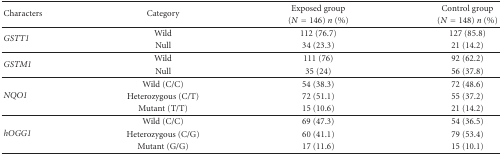
<table><thead><tr><td rowspan="2"><b>Characters</b></td><td rowspan="2"><b>Category</b></td><td><b>Exposed group</b></td><td><b>Control group</b></td></tr><tr><td><b>(<i>N</i> = 146) <i>n</i> (%)</b></td><td><b>(<i>N</i> = 148) <i>n</i> (%)</b></td></tr></thead><tbody><tr><td rowspan="2"><i>GSTT1</i></td><td>Wild</td><td>112 (76.7)</td><td>127 (85.8)</td></tr><tr><td>Null</td><td>34 (23.3)</td><td>21 (14.2)</td></tr><tr><td rowspan="2"><i>GSTM1</i></td><td>Wild</td><td>111 (76)</td><td>92 (62.2)</td></tr><tr><td>Null</td><td>35 (24)</td><td>56 (37.8)</td></tr><tr><td rowspan="3"><i>NQO1</i></td><td>Wild (C/C)</td><td>54 (38.3)</td><td>72 (48.6)</td></tr><tr><td>Heterozygous (C/T)</td><td>72 (51.1)</td><td>55 (37.2)</td></tr><tr><td>Mutant (T/T)</td><td>15 (10.6)</td><td>21 (14.2)</td></tr><tr><td rowspan="3"><i>hOGG1</i></td><td>Wild (C/C)</td><td>69 (47.3)</td><td>54 (36.5)</td></tr><tr><td>Heterozygous (C/G)</td><td>60 (41.1)</td><td>79 (53.4)</td></tr><tr><td>Mutant (G/G)</td><td>17 (11.6)</td><td>15 (10.1)</td></tr></tbody></table>